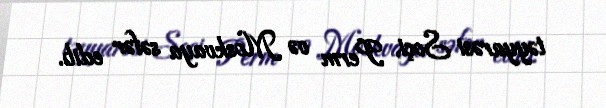
təyyarəsi Soçi, Perm və Moskvaya səfər edib.